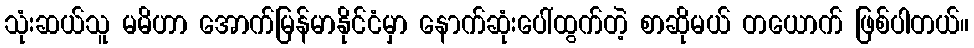
သုံးဆယ်သူ မမိဟာ အောက်မြန်မာနိုင်ငံမှာ နောက်ဆုံးပေါ်ထွက်တဲ့ စာဆိုမယ် တယောက် ဖြစ်ပါတယ်။